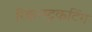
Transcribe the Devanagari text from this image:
रिकन्स्ट्रकटिंग